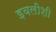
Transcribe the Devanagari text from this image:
इवलीशी